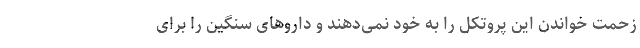
زحمت خواندن این پروتکل را به خود نمی‌دهند و داروهای سنگین را برای